Annual report of the Punjab Veterinary College and of the Civil Veterinary Department, Punjab - 1926-1932
Year: 1926
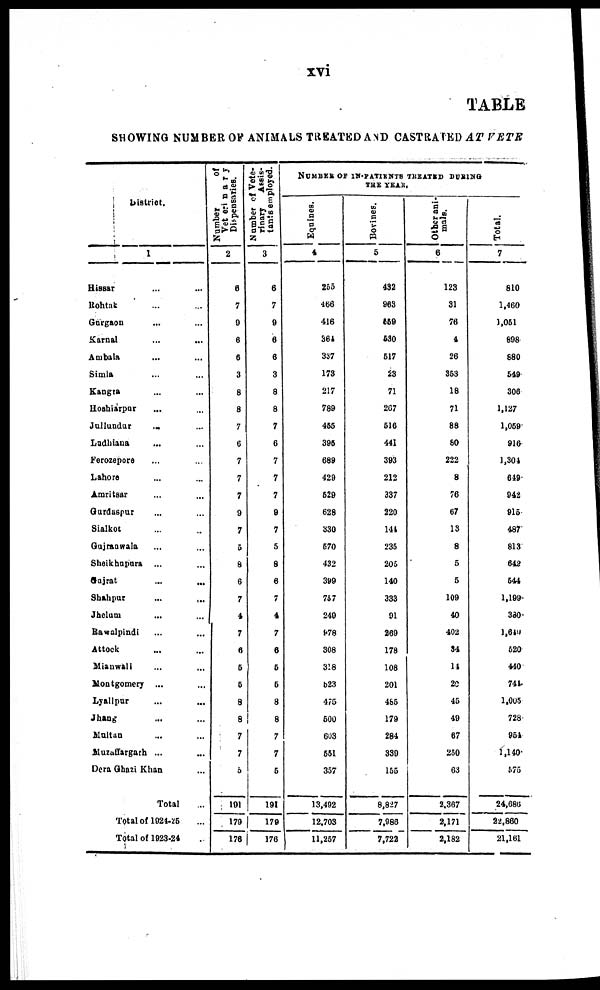
xvi
TABLE
SHOWING NUMBER OF ANIMALS TREATED CASTRATED AT VETR
District.
1
Hissar ... ...
Rohtak ... ...
Gargaon ... ...
Karnal ... ...
Ambala ... ...
Simla ... ...
Kangra ... ...
Hoshiarpur ... ...
Jullundur ... ...
Ladhiana ... ...
Forozepore ... ...
Lahore ... ...
Amritsar ... ...
Gurdaspur ... ...
Sialkot ... ...
Gujranwala ... ...
Sheikhapura ... ...
Gujrat
...
...
Shahpur ... ...
Jhelum ... ...
Rawalpindi ... ...
Attock ... ...
Mianwali ... ...
Montgomery ... ...
Lyallpur ... ...
Jhang ... ...
Maltan ... ...
Muzaffargarh ... ...
Dora Ghazi Khan
Total ...
Total of 1024-25 ...
Total of 1923-24 ...
Number
of
Veterinary
Dispensaries.
2
8
7
0
6
0
3
8
8
7
6
7
7
7
9
7
5
8
6
7
4
7
0
6
6
8
8
7
7
6
101
179
176
Number of Vete-
rinary
Assis-
tants employed.
3
6
7
9
6
6
3
8
8
7
6
7
7
7
9
7
5
8
6
7
4
7
6
5
5
8
8
7
7
5
191
179
170
NUMBER OS IN-PATIENTS TREATED DURING
THE YEAR.
Eqnines.
4
255
466
416
361
337
173
217
789
455
395
689
429
529
628
330
670
432
399
757
240
978
308
3!8
b23
475
600
603
661
357
13,492
12.703
11,257
Bovines.
5
432
963
559
630
517
23
71
207
51C
441
393
212
337
220
141
235
206
140
333
91
269
178
108
201
485
179
284
330
155
8,827
7,986
7,722
Other ani-
mals.
6
123
31
76
4
26
353
18
71
88
80
222
8
76
67
18
8
5
5
109
40
402
34
11
20
45
49
67
250
63
2,367
2,171
2,182
Total.
7
810
1,460
1,051
898
880
549
306
1,127
1,059
916
1,301
649
042
915
487
813
642
544
1,199
380
1,649
620
440
741
1,005
728
951
1,140
575
24,686
22,860
21,161